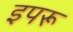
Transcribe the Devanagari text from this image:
इपरू